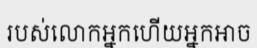
របស់លោកអ្នកហើយអ្នកអាច